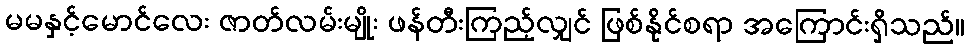
မမနှင့်မောင်လေး ဇာတ်လမ်းမျိုး ဖန်တီးကြည့်လျှင် ဖြစ်နိုင်စရာ အကြောင်းရှိသည်။